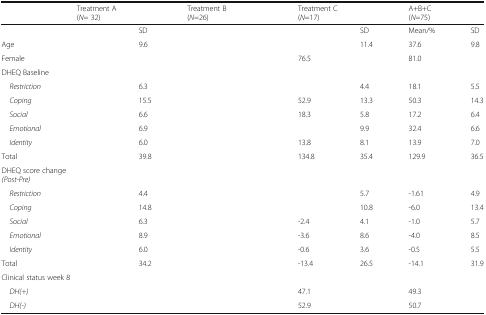
<table><thead><tr><td>[EMPTY_CELL]</td><td colspan="2"><b>Treatment A(<i>N</i>= 32)</b></td><td colspan="2"><b>Treatment B (<i>N</i>=26)</b></td><td colspan="2"><b>Treatment C(<i>N</i>=17)</b></td><td colspan="2"><b>A+B+C(<i>N</i>=75)</b></td></tr></thead><tbody><tr><td>[EMPTY_CELL]</td><td>[EMPTY_CELL]</td><td>SD</td><td>[EMPTY_CELL]</td><td>[EMPTY_CELL]</td><td>[EMPTY_CELL]</td><td>SD</td><td>Mean/%</td><td>SD</td></tr><tr><td>Age</td><td>[EMPTY_CELL]</td><td>9.6</td><td>[EMPTY_CELL]</td><td>[EMPTY_CELL]</td><td>[EMPTY_CELL]</td><td>11.4</td><td>37.6</td><td>9.8</td></tr><tr><td>Female</td><td>[EMPTY_CELL]</td><td>[EMPTY_CELL]</td><td>[EMPTY_CELL]</td><td>[EMPTY_CELL]</td><td>76.5</td><td>[EMPTY_CELL]</td><td>81.0</td><td>[EMPTY_CELL]</td></tr><tr><td colspan="9">DHEQ Baseline</td></tr><tr><td> <i>Restriction</i></td><td>[EMPTY_CELL]</td><td>6.3</td><td>[EMPTY_CELL]</td><td>[EMPTY_CELL]</td><td>[EMPTY_CELL]</td><td>4.4</td><td>18.1</td><td>5.5</td></tr><tr><td> <i>Coping</i></td><td>[EMPTY_CELL]</td><td>15.5</td><td>[EMPTY_CELL]</td><td>[EMPTY_CELL]</td><td>52.9</td><td>13.3</td><td>50.3</td><td>14.3</td></tr><tr><td> <i>Social</i></td><td>[EMPTY_CELL]</td><td>6.6</td><td>[EMPTY_CELL]</td><td>[EMPTY_CELL]</td><td>18.3</td><td>5.8</td><td>17.2</td><td>6.4</td></tr><tr><td> <i>Emotional</i></td><td>[EMPTY_CELL]</td><td>6.9</td><td>[EMPTY_CELL]</td><td>[EMPTY_CELL]</td><td>[EMPTY_CELL]</td><td>9.9</td><td>32.4</td><td>6.6</td></tr><tr><td> <i>Identity</i></td><td>[EMPTY_CELL]</td><td>6.0</td><td>[EMPTY_CELL]</td><td>[EMPTY_CELL]</td><td>13.8</td><td>8.1</td><td>13.9</td><td>7.0</td></tr><tr><td>Total</td><td>[EMPTY_CELL]</td><td>39.8</td><td>[EMPTY_CELL]</td><td>[EMPTY_CELL]</td><td>134.8</td><td>35.4</td><td>129.9</td><td>36.5</td></tr><tr><td colspan="9">DHEQ score change<i>(Post-Pre)</i></td></tr><tr><td> <i>Restriction</i></td><td>[EMPTY_CELL]</td><td>4.4</td><td>[EMPTY_CELL]</td><td>[EMPTY_CELL]</td><td>[EMPTY_CELL]</td><td>5.7</td><td>-1.61</td><td>4.9</td></tr><tr><td> <i>Coping</i></td><td>[EMPTY_CELL]</td><td>14.8</td><td>[EMPTY_CELL]</td><td>[EMPTY_CELL]</td><td>[EMPTY_CELL]</td><td>10.8</td><td>-6.0</td><td>13.4</td></tr><tr><td> <i>Social</i></td><td>[EMPTY_CELL]</td><td>6.3</td><td>[EMPTY_CELL]</td><td>[EMPTY_CELL]</td><td>-2.4</td><td>4.1</td><td>-1.0</td><td>5.7</td></tr><tr><td> <i>Emotional</i></td><td>[EMPTY_CELL]</td><td>8.9</td><td>[EMPTY_CELL]</td><td>[EMPTY_CELL]</td><td>-3.6</td><td>8.6</td><td>-4.0</td><td>8.5</td></tr><tr><td> <i>Identity</i></td><td>[EMPTY_CELL]</td><td>6.0</td><td>[EMPTY_CELL]</td><td>[EMPTY_CELL]</td><td>-0.6</td><td>3.6</td><td>-0.5</td><td>5.5</td></tr><tr><td>Total</td><td>[EMPTY_CELL]</td><td>34.2</td><td>[EMPTY_CELL]</td><td>[EMPTY_CELL]</td><td>-13.4</td><td>26.5</td><td>-14.1</td><td>31.9</td></tr><tr><td colspan="8">Clinical status week 8</td><td>[EMPTY_CELL]</td></tr><tr><td> <i>DH(+)</i></td><td>[EMPTY_CELL]</td><td>[EMPTY_CELL]</td><td>[EMPTY_CELL]</td><td>[EMPTY_CELL]</td><td>47.1</td><td>[EMPTY_CELL]</td><td>49.3</td><td>[EMPTY_CELL]</td></tr><tr><td> <i>DH(-)</i></td><td>[EMPTY_CELL]</td><td>[EMPTY_CELL]</td><td>[EMPTY_CELL]</td><td>[EMPTY_CELL]</td><td>52.9</td><td>[EMPTY_CELL]</td><td>50.7</td><td>[EMPTY_CELL]</td></tr></tbody></table>